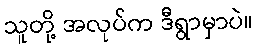
သူတို့ အလုပ်က ဒီရွာမှာပဲ။